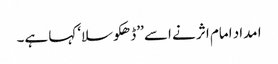
ا مداد امام اثر نے اسے ’’ڈھکوسلا‘ کہا ہے۔